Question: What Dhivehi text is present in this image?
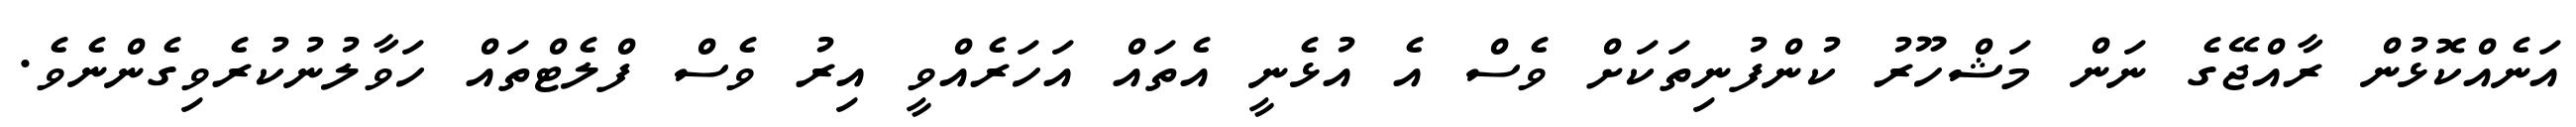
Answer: އަނެއްކޮޅުން ރާއްޖޭގެ ނަން މަޝްހޫރު ކުންފުނިތަކަށް ވެސް އެ އުޅެނީ އެތައް އަހަރެއްވީ އިރު ވެސް ފްލެޓްތައް ހަވާލުނުކުރެވިގެންނެވެ.